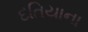
દતિયાના